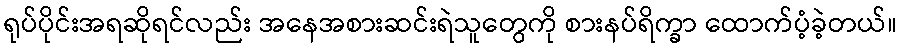
ရုပ်ပိုင်းအရဆိုရင်လည်း အနေအစားဆင်းရဲသူတွေကို စားနပ်ရိက္ခာ ထောက်ပံ့ခဲ့တယ်။